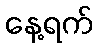
နေ့ရက်